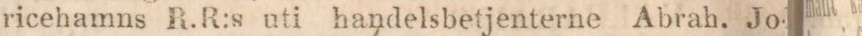
ricehamns R.R:s uti handelsbetjenterne Abrah. Jo-